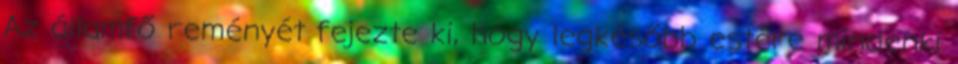
Az államfő reményét fejezte ki, hogy legkésőbb estére mindenki